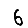
Digit: 6